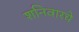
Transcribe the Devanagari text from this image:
शनिवारचे